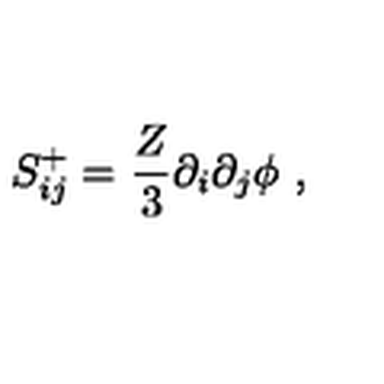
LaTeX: S _ { i j } ^ { + } = \frac { Z } { 3 } \partial _ { i } \partial _ { j } \phi \ ,